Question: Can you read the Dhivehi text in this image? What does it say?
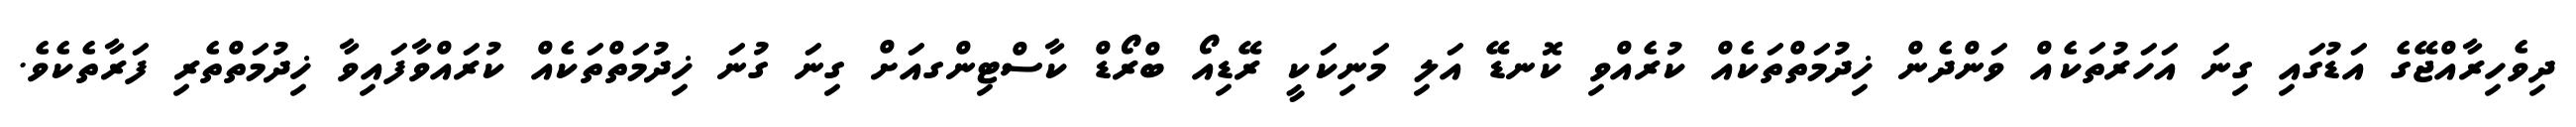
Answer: ދިވެހިރާއްޖޭގެ އަޑުގައި ގިނަ އަހަރުތަކެއް ވަންދެން ޚިދުމަތްތަކެއް ކުރެއްވި ކޮނޑޭ އަލި މަނިކަކީ ރޭޑިއޯ ބްރޯޑް ކާސްޓިންގއަށް ގިނަ ގުނަ ޚިދުމަތްތަކެއް ކުރައްވާފައިވާ ޚިދުމަތްތެރި ފަރާތެކެވެ.